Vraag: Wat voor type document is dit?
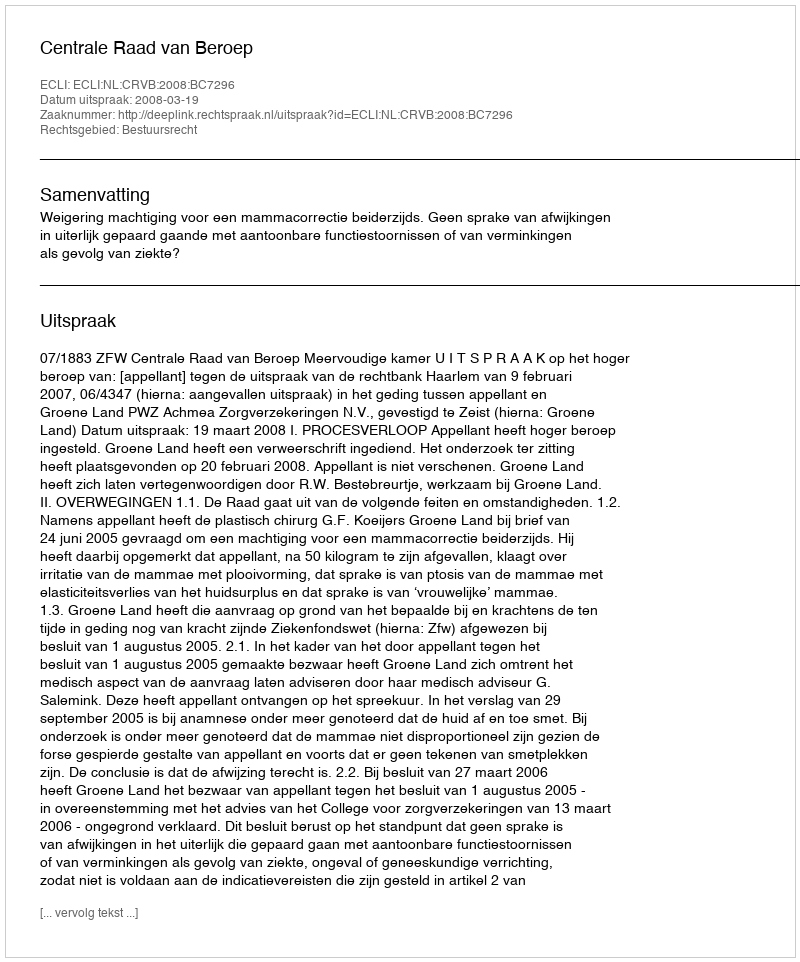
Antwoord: Uitspraak